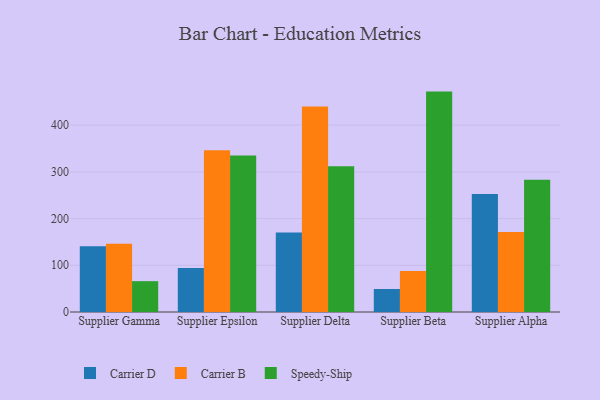
{"axis": {"x": "Supplier", "y": "Page Views"}, "legend": ["Carrier B", "Carrier D", "Speedy-Ship"], "data": [{"x": "Supplier Gamma", "y": 140.8, "type": "Carrier D"}, {"x": "Supplier Gamma", "y": 146.1, "type": "Carrier B"}, {"x": "Supplier Gamma", "y": 66.0, "type": "Speedy-Ship"}, {"x": "Supplier Epsilon", "y": 94.3, "type": "Carrier D"}, {"x": "Supplier Epsilon", "y": 346.3, "type": "Carrier B"}, {"x": "Supplier Epsilon", "y": 334.8, "type": "Speedy-Ship"}, {"x": "Supplier Delta", "y": 170.1, "type": "Carrier D"}, {"x": "Supplier Delta", "y": 439.8, "type": "Carrier B"}, {"x": "Supplier Delta", "y": 312.2, "type": "Speedy-Ship"}, {"x": "Supplier Beta", "y": 49.3, "type": "Carrier D"}, {"x": "Supplier Beta", "y": 87.8, "type": "Carrier B"}, {"x": "Supplier Beta", "y": 471.8, "type": "Speedy-Ship"}, {"x": "Supplier Alpha", "y": 252.6, "type": "Carrier D"}, {"x": "Supplier Alpha", "y": 171.2, "type": "Carrier B"}, {"x": "Supplier Alpha", "y": 283.3, "type": "Speedy-Ship"}]}